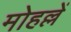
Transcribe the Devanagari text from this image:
मोहल्लें